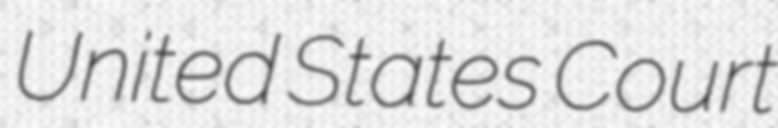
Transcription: United States Court